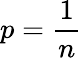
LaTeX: p=\frac{1}{n}